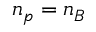
n _ { p } = n _ { B }